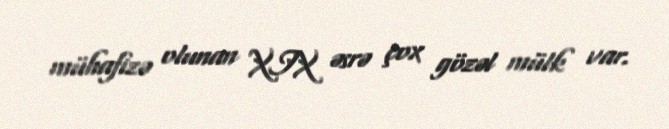
mühafizə olunan XIX əsrə çox gözəl mülk var.